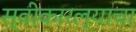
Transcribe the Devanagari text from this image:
स्वीकारल्याचा